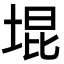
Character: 堒